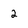
Character: 2